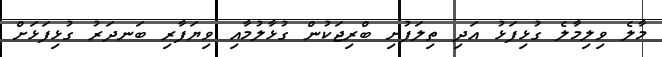
މާލެ ވިލިމާލެ ގުޅިފަޅު އަދި ތިލަފުށި ބްރިޖަކުން ގުޅާލުމާއި ވިޔަފާރި ބަނދަރު ގުޅިފަޅަށް